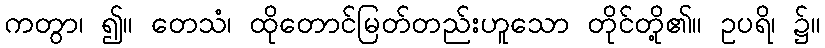
ကတွာ၊ ၍။ တေသံ၊ ထိုတောင်မြတ်တည်းဟူသော တိုင်တို့၏။ ဥပရိ၊ ၌။